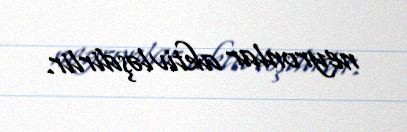
neyronlar aktivləşdirlir.